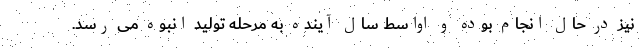
نیز در حال انجام بوده و اواسط سال آینده به مرحله تولید انبوه می رسد.